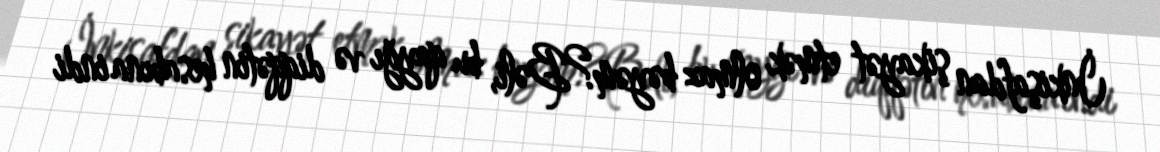
İnkişafdan şikayət etmək olmaz bəyəm?Bəli, bu qayğı və diqqətin hesabına indi